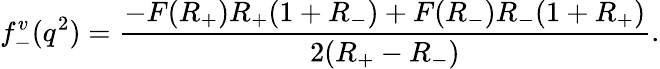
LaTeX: f_{-}^{v}(q^{2})={\frac{-F(R_{+})R_{+}(1+R_{-})+F(R_{-})R_{-}(1+R_{+})}{2(R_{+}-R_{-})}}.